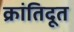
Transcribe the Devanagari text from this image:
क्रांतिदूत